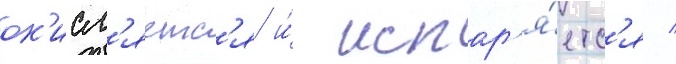
ок'исл'яетс'я и́ испар'я́етс'я /